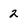
Character: 2